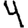
Digit: 4